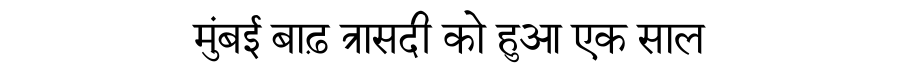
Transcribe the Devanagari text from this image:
मुंबई बाढ़ त्रासदी को हुआ एक साल